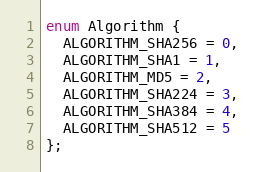
Language: C
enum Algorithm {
  ALGORITHM_SHA256 = 0,
  ALGORITHM_SHA1 = 1,
  ALGORITHM_MD5 = 2,
  ALGORITHM_SHA224 = 3,
  ALGORITHM_SHA384 = 4,
  ALGORITHM_SHA512 = 5
};